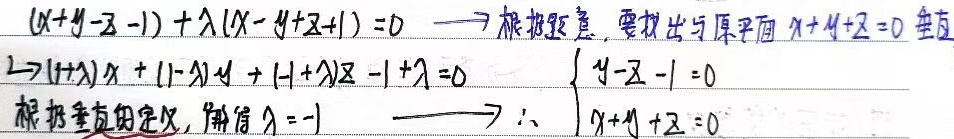
\((x + y - z - 1)+\lambda(x - y + z + 1)=0\)。根据题意，要找出与原平面\(x + y + z = 0\)垂直。

由此可得\((1 + \lambda)x + (1 - \lambda)y + (-1 + \lambda)z - 1 + \lambda = 0\)，同时有\(\begin{cases}y - z - 1 = 0\\x + y + z = 0\end{cases}\)。

根据垂直的定义，解得\(\lambda = -1\)。所以\(\begin{cases}y - z - 1 = 0\\x + y + z = 0\end{cases}\)